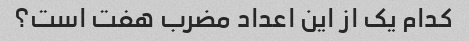
کدام یک از این اعداد مضرب هفت است؟